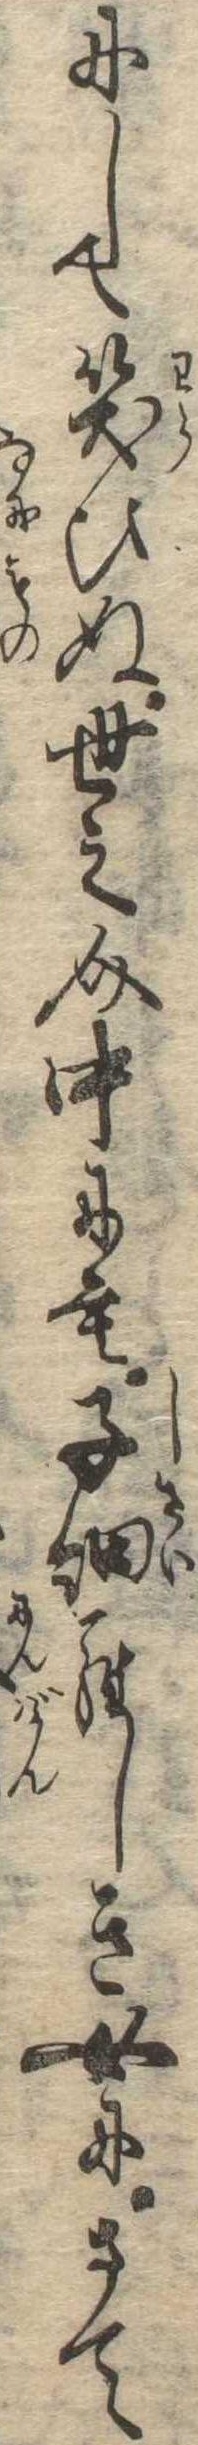
にして笑ひぬ世之介中にも子細らしき女にさて